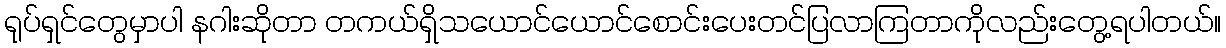
ရုပ်ရှင်တွေမှာပါ နဂါးဆိုတာ တကယ်ရှိသယောင်ယောင်စောင်းပေးတင်ပြလာကြတာကိုလည်းတွေ့ရပါတယ်။